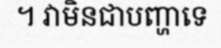
។ វាមិនជាបញ្ហាទេ